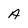
Character: A